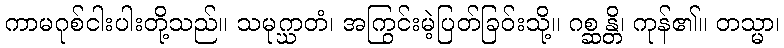
ကာမဂုစ်ငါးပါးတို့သည်။ သမုဂ္ဃာတံ၊ အကြွင်းမဲ့ပြတ်ခြဝ်းသို့။ ဂစ္ဆန္တိ၊ ကုန်၏။ တသ္မာ၊